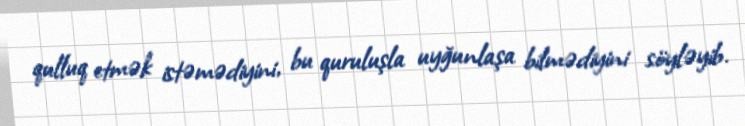
qulluq etmək istəmədiyini, bu quruluşla uyğunlaşa bilmədiyini söyləyib.